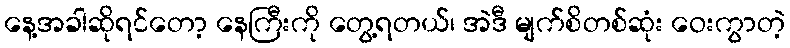
နေ့အခါဆိုရင်တော့ နေကြီးကို တွေ့ရတယ်၊ အဲဒီ မျက်စိတစ်ဆုံး ဝေးကွာတဲ့